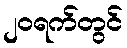
၂၀ရက်တွင်